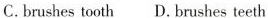
C.brushes tooth D. Brushes teeth